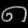
Digit: ၈